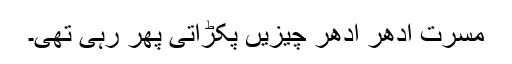
مسرت ادھر ادھر چیزیں پکڑاتی پھر رہی تھی۔